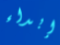
إبداء